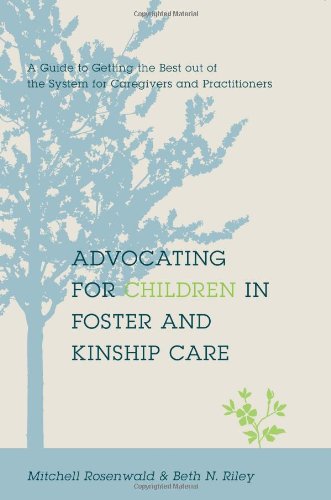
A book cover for Advocating for Children in Foster and Kinship Care: A Guide to Getting the Best out of the System for Caregivers and Practitioners; Mitchell Rosenwald; Law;